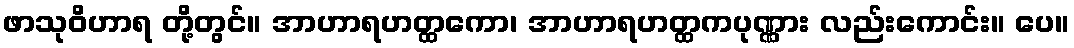
ဖာသုဝိဟာရ တို့တွင်။ အာဟာရဟတ္ထကော၊ အာဟာရဟတ္ထကပုဏ္ဏား လည်းကောင်း။ ပေ။